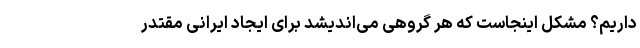
داریم؟ مشکل اینجاست که هر گروهی می‌اندیشد برای ایجاد ایرانی مقتدر